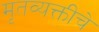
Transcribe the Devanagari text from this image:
मृतव्यक्तीचे